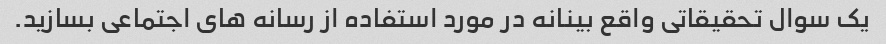
یک سوال تحقیقاتی واقع بینانه در مورد استفاده از رسانه های اجتماعی بسازید.